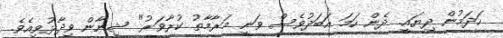
ހަދަމުން ދިޔައީ. ދެން ހަމަ އަބަދުވެސް ވަނީ މަރާމާތު ކުރާވަރު" ޝިނާން ވިދާޅުވިއެވެ.